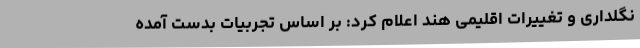
نگلداری و تغییرات اقلیمی هند اعلام کرد: بر اساس تجربیات بدست آمده